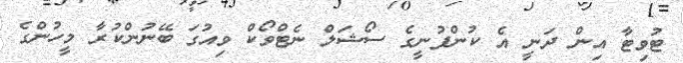
ޓުވިޓާ އިން ދަނީ އެ ކުންފުނީގެ ސޯޝަލް ނެޓްވޯކް ވިއުގަ ބޭނުންކުރާ މީހުންގެ